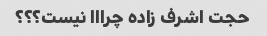
حجت اشرف زاده چرااا نیست؟؟؟